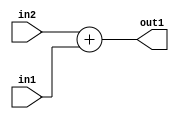
`timescale 1ps / 1ps
/*****************************************************************************
    Verilog RTL Description
    
    
    Created by: Stratus DpOpt 21.05.01 
*******************************************************************************/

module SobelFilter_Add_4Ux1U_5U_4 (
	in2,
	in1,
	out1
	); /* architecture "behavioural" */ 
input [3:0] in2;
input  in1;
output [4:0] out1;
wire [4:0] asc001;

assign asc001 = 
	+(in2)
	+(in1);

assign out1 = asc001;
endmodule

/* CADENCE  urn0TA0= : u9/ySxbfrwZIxEzHVQQV8Q== ** DO NOT EDIT THIS LINE ******/